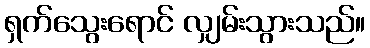
ရှက်သွေးရောင် လျှမ်းသွားသည်။